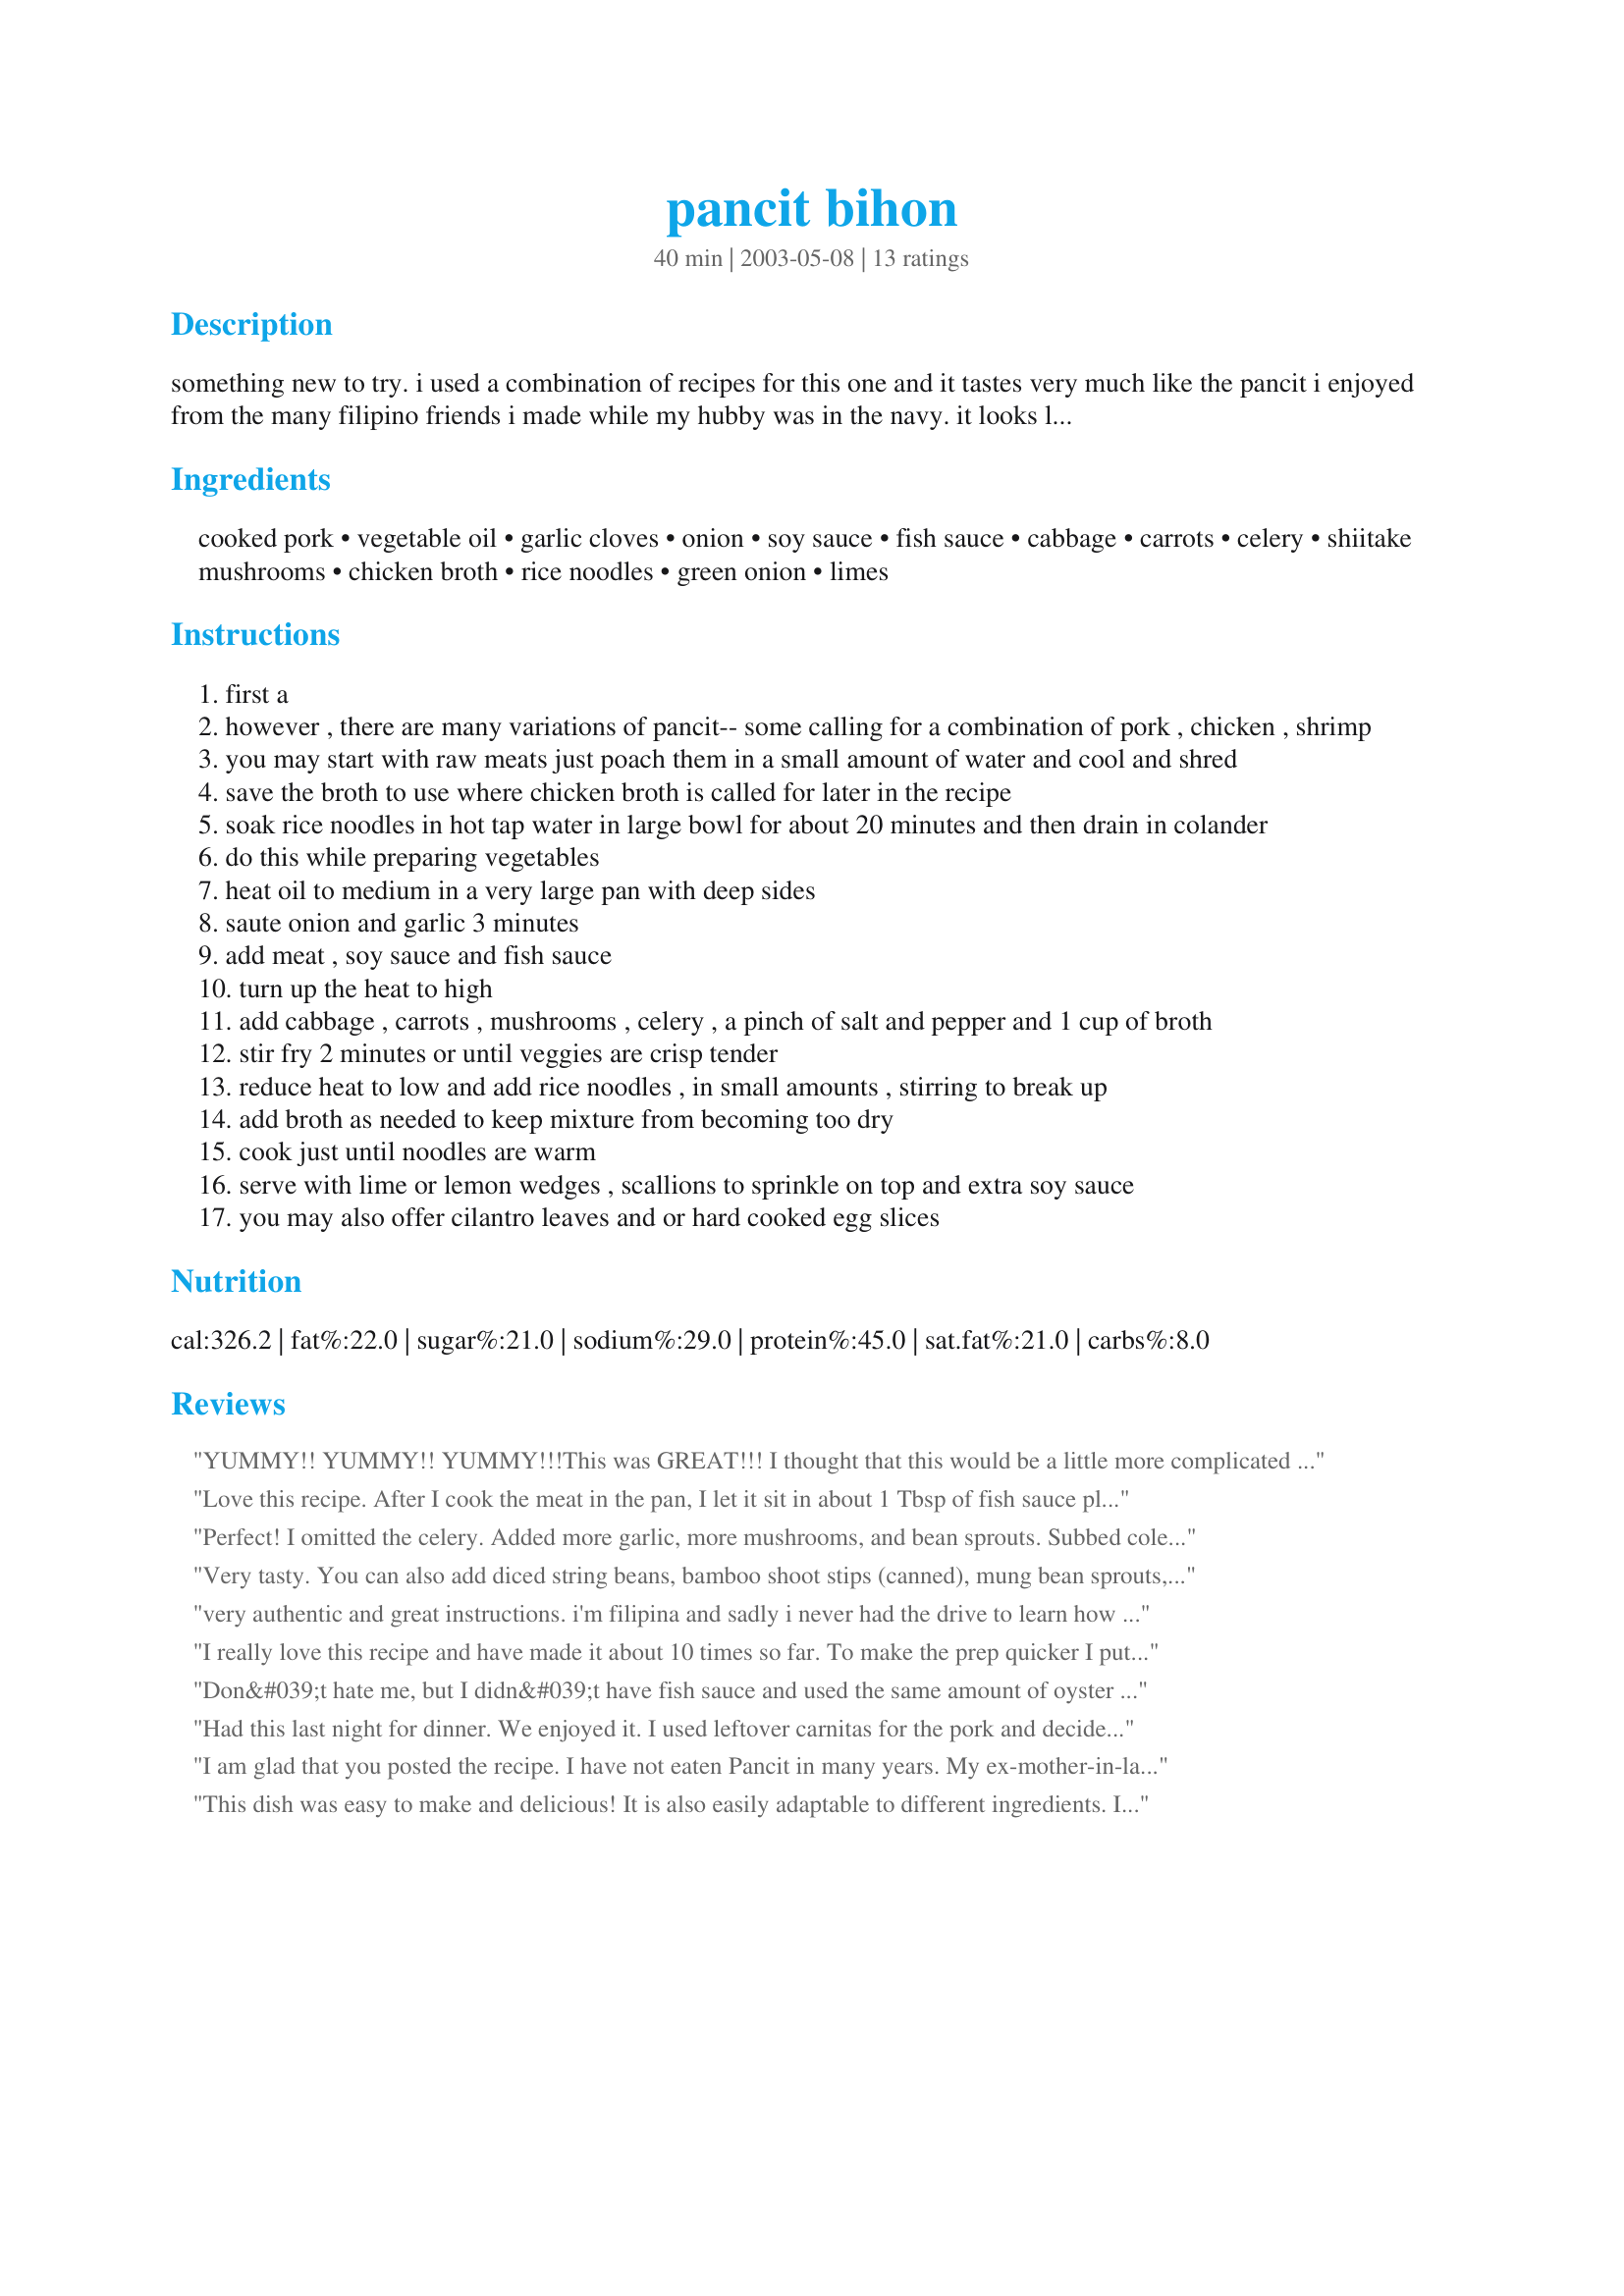
pancit bihon
Preparation time: 40 minutes

something new to try. i used a combination of recipes for this one and it tastes very much like the pancit i enjoyed from the many filipino friends i made while my hubby was in the navy. it looks like more work than it actually is...try it and have some fun.

Ingredients:
cooked pork, vegetable oil, garlic cloves, onion, soy sauce, fish sauce, cabbage, carrots, celery, shiitake mushrooms, chicken broth, rice noodles, green onion, limes

Steps:
first a
however , there are many variations of pancit-- some calling for a combination of pork , chicken , shrimp
you may start with raw meats just poach them in a small amount of water and cool and shred
save the broth to use where chicken broth is called for later in the recipe
soak rice noodles in hot tap water in large bowl for about 20 minutes and then drain in colander
do this while preparing vegetables
heat oil to medium in a very large pan with deep sides
saute onion and garlic 3 minutes
add meat , soy sauce and fish sauce
turn up the heat to high
add cabbage , carrots , mushrooms , celery , a pinch of salt and pepper and 1 cup of broth
stir fry 2 minutes or until veggies are crisp tender
reduce heat to low and add rice noodles , in small amounts , stirring to break up
add broth as needed to keep mixture from becoming too dry
cook just until noodles are warm
serve with lime or lemon wedges , scallions to sprinkle on top and extra soy sauce
you may also offer cilantro leaves and or hard cooked egg slices

Reviews:
YUMMY!! YUMMY!! YUMMY!!!This was GREAT!!! I thought that this would be a little more complicated but it really was not. I did dice up pork chops 4(minus bones) and cooked it with chopped garlic & set it aside. I also increased the amount of noodles. Thanks for this quick
and easy recipe!!!!!
Love this recipe. After I cook the meat in the pan, I let it sit in about 1 Tbsp of fish sauce plus I add an additional amount of fish sauce to the recipe. The only other change I make is I add the same amount of ginger to the garlic and chop both together.
Perfect! I omitted the celery. Added more garlic, more mushrooms, and bean sprouts. Subbed coleslaw mix for the cabbage and carrots (just found it would save me time). Used a mixture of meats - chicken, pork and shrimp. Very yummy! Your instructions were great. Thank you Jaymee!
Very tasty. You can also add diced string beans, bamboo shoot stips (canned), mung bean sprouts, and shrimp. The filpinos in hawaii use a calamondin lime (mexican lime) instead of lemon. The bihon (rice noodles) can be mixed with canton (chinese egg noodles) too. Another garnish used are sliced or diced boiled eggs.
very authentic and great instructions. i'm filipina and sadly i never had the drive to learn how to cook filipino food when i was younger. so i was thrilled to find this recipe. i did add more fish sauce. thanks for sharing!
I really love this recipe and have made it about 10 times so far. To make the prep quicker I put the veggies through the grater or slicer attachment on my Cuisinart. Turns it into almost a 30 min meal :)
Don&#039;t hate me, but I didn&#039;t have fish sauce and used the same amount of oyster sauce instead. I also didn&#039;t have green onions or mushrooms, and I hate lemon/lime in my savory food, so I skipped that. It was still amazing. I will definitely add this to my regular rotation and keep my changes (unless I happen upon green onions - I&#039;d definitely add that!). Thank you for sharing this recipe!
Had this last night for dinner. We enjoyed it. I used leftover carnitas for the pork and decided to stick with the &quot;fusion&quot; theme and served this in tortillas, &quot;taco style.&quot; If we make again, I would like to serve with the hard boiled egg slices, as suggested.
I am glad that you posted the recipe. I have not eaten Pancit in many years. My ex-mother-in-law made it often and it quickly became my favorite dish. I search the internet looking for a recipe that seemed similar to hers. This was very close. I can't believe how easy it was to make. My family loved it. Now I can continue to enjoy one of my favorite foods. I added a little more fish sauce, just didn't tell the wife and kids!!! Thanks again for sharing a great recipe.
This dish was easy to make and delicious! It is also easily adaptable to different ingredients. I have tried it using frozen Japanese frozen mixed for the vegetables and chicken instead of pork. I have also made it vegan by skipping the meat and fish sauce, and substituting vegetable broth and again, it turned out wonderfully.
We really enjoyed this dish and it's my first time making anything like it, I'm rather embarrassed to say. Using leftover Recipe #211379 for the pork, I did halve the recipe and make some substitutions based on what I had on hand; fresh Chinese wheat noodles instead of rice (boiled for one minute, periodically separating with a pasta spoon, drained-rinsed-drained again), cremini mushrooms instead of shiitake and I forgot the citrus (gawd! how could I?), but when I make this properly, I'll come back and review it again. Oh! Also, as I had a LOT of fresh noodles to use, I also made some fried "nests" for the pancit bihon to sit on. For the nests, I removed two baseball-sized portions and "deep" fried them in about 1 cup of peanut oil heated to 375F for about 1 minute on each side. They turned out crispy, but not hard... a really pleasant complement to the soft noodles! Garnished with the scallions and cilantro, this dish was definitely "make again" qualified with a lovely blend of flavors. :o) Thank you so much for posting!
and oh yes, cabbage cooks very fast. You may want to add it towards the end, after the noodles have cooked.
I found this recipe while trying to use up a cooked pork loin. I didn't have mushrooms, but otherwise followed the recipe. It was pretty good, but possibly needs a little tinkering to suit our tastes. I also need to be careful not to overcook the cabbage next time.
